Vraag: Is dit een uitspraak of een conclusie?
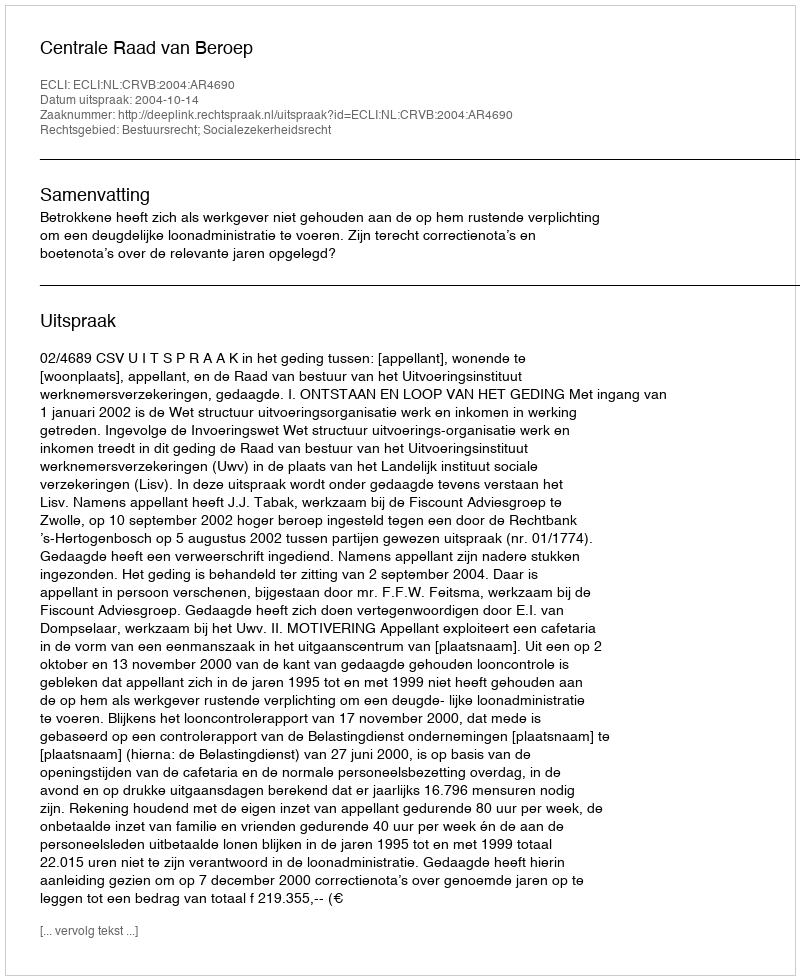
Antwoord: Uitspraak